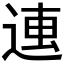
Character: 𰺿